Structure of Hæmatopota pluvialis (Meigen) - Number 55
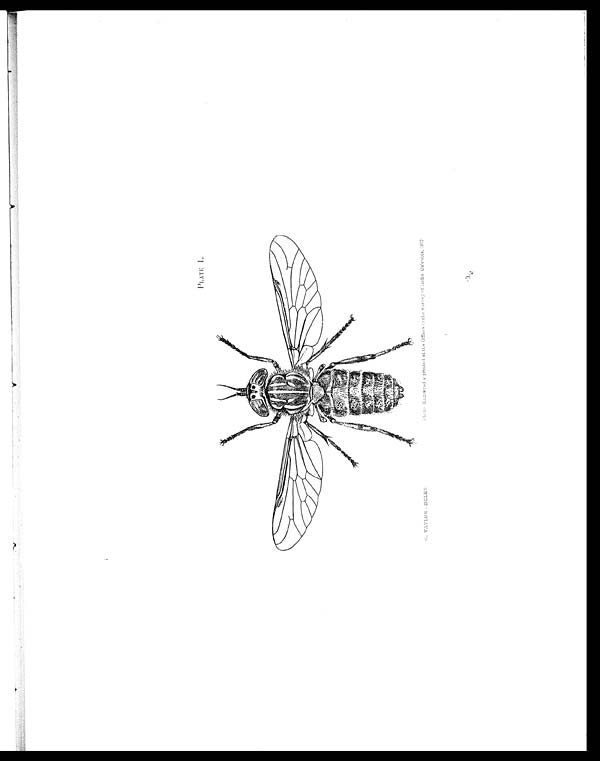
PLATE I.
G. TAYLOR - DELET.
photo - Enrgraved & printed at the Office of the Survey of India, Calcutta, 1912